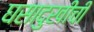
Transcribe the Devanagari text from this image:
घसादुखीची